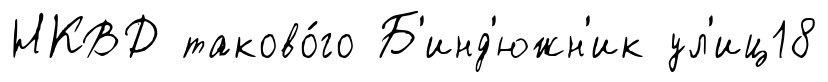
НКВД таково́го Б'инд'южн'ик ул'иц18